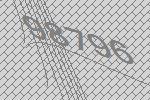
98796